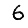
Digit: 6